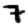
Digit: 7